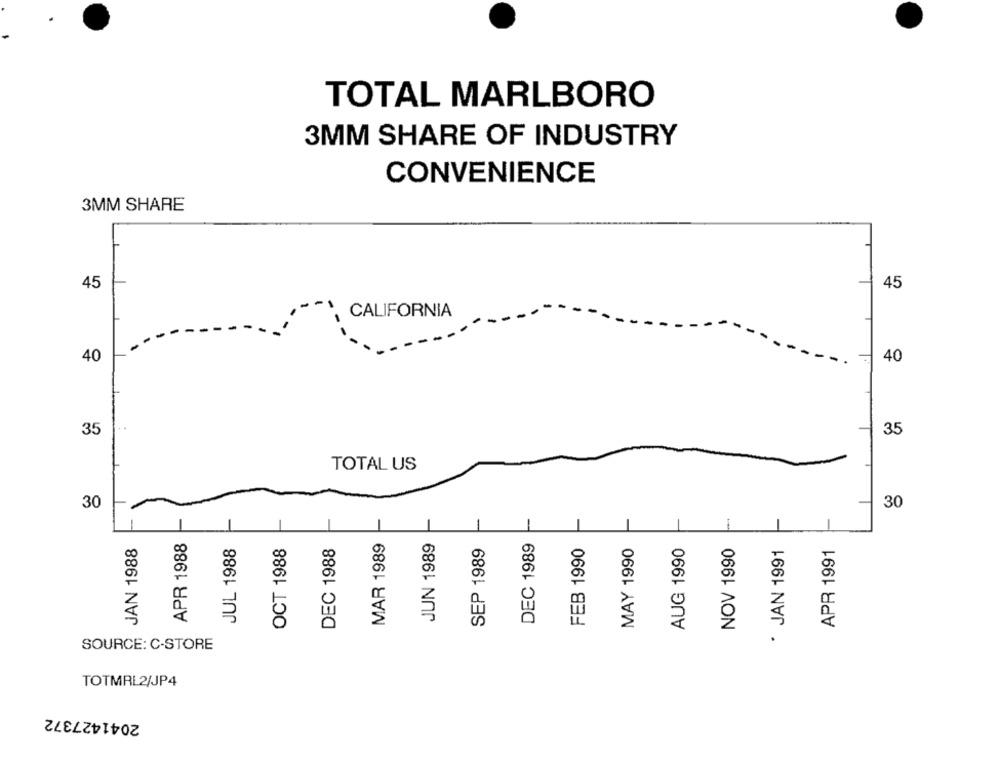
TOTAL MARLBORO
3MM SHARE OF INDUSTRY
CONVENIENCE
3MM SHARE
T
45
45
CALIFORNIA
5
40
35
35
TOTAL US
30
30
1
DEC 1989
JAN 1988
APR 1988
JUL 1988
OCT 1988
DEC 1988
MAR 1989
JUN 1989
SEP 1989
FEB 1990
MAY 1990
AUG 1990
NOV 1990
JAN 1991
APR 1991
SOURCE: C-STORE
TOTMRL 2/JP4
2041427372